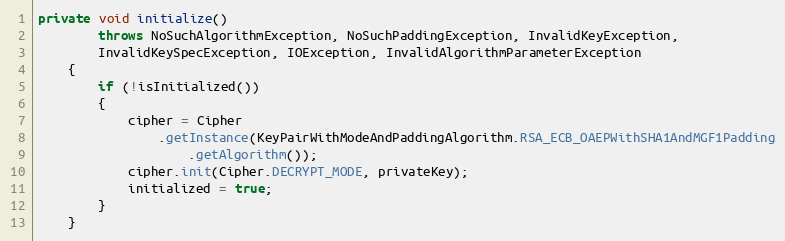
Language: Java
private void initialize()
		throws NoSuchAlgorithmException, NoSuchPaddingException, InvalidKeyException,
		InvalidKeySpecException, IOException, InvalidAlgorithmParameterException
	{
		if (!isInitialized())
		{
			cipher = Cipher
				.getInstance(KeyPairWithModeAndPaddingAlgorithm.RSA_ECB_OAEPWithSHA1AndMGF1Padding
					.getAlgorithm());
			cipher.init(Cipher.DECRYPT_MODE, privateKey);
			initialized = true;
		}
	}